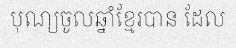
បុណ្យចូលឆ្នាំខ្មែរបាន ដែល